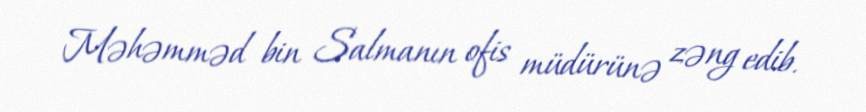
Məhəmməd bin Salmanın ofis müdürünə zəng edib.